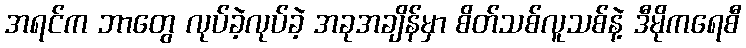
အရင်က ဘာတွေ လုပ်ခဲ့လုပ်ခဲ့ အခုအချိန်မှာ စိတ်သစ်လူသစ်နဲ့ ဒီမိုကရေစီ